Vaccine operations Central Provinces 1886-1899 - 1886-1899
Year: 1886
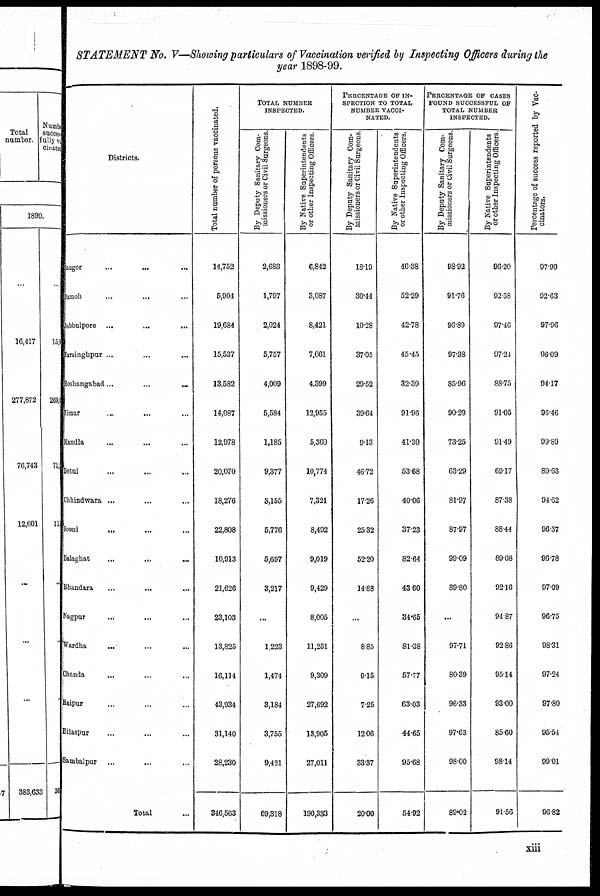
STATEMENT No. V—Showing particulars of Vaccination verified by Inspecting Officers during the
year 1898-99.
Districts.
Saugor ... ... ...
Damoh ... ... ...
Jubbalpore ... ... ...
Narsinghpur ... ... ...
Hjohangabad...
...
...
Nimar
...
...
...
Mandla
...
Betul ... ... ...
Chhindwara ... ... ...
Seoni
... ... ...
Balaghat ... ... ...
Bhandara ... ... ...
Nagpur ... ... ...
Wardha ... ... ...
Chanda ... ... ...
Raipur ... ... ...
Bilaspur ... ... ...
Sambalpur ... ... ...
Total ...
Total number of persons vaccinated.
14,752
5,904
19,684
15,537
13,582
14,087
12,978
20,070
18,276
22,808
10,913
21,626
23,103
13,825
16,114
43,934
31,140
28,230
346,563
TOTAL NUMBER
INSPECTED.
By Deputy Sanitary Com-
missioners or Civil Surgeons.
2,683
1,797
2,024
5,757
4,009
5,584
1,185
9,377
3,155
5,776
5,697
3,217
...
1,223
1,474
3,184
3,755
9,421
69,318
By Native Superintendents
or other Inspecting Officers.
6,842
3,087
8,421
7,061
4,399
12,955
5,360
10,774
7,321
8,492
9,019
9,429
8,005
11,251
9,309
27,692
13,905
27,011
190,333
PERCENTAGE OF IN-
SPECTION TO TOTAL
NUMBER VACCI-
NATED.
By Deputy Sanitary Com-
missioners or Civil Surgeons.
18.19
30.44
10.28
37.05
29.52
39.64
9.13
46.72
17.26
25.32
52.20
14.88
...
8.85
9.15
7.25
12.06
33.37
20.00
By Native Superintendents
or other Inspecting Officers.
46.38
52.29
42.78
45.45
32.39
91.96
41.30
53.68
40.06
37.23
82.64
43.60
34.65
81.38
57.77
63.03
44.65
95.68
54.92
PERCENTAGE OF CASES
FOUND SUCCESSFUL OF
TOTAL NUMBER
INSPECTED.
By Deputy Sanitary Com-
missioners or Civil Surgeons.
98.92
91.76
96.89
97.38
85.96
90.29
73.25
63.29
81.97
87.97
99.09
89.80
...
97.71
80.39
96.33
97.63
98.00
89.02
By Native Superintendents
or other Inspecting Officers
96.20
92.58
97.46
97.24
88.75
91.05
91.49
69.17
87.38
88.44
89.08
92.16
94.87
92.86
95.14
93.00
85.60
98.14
91.56
Percentage of success reported by Vac-
cinators.
97.90
92.63
97.96
96.09
94.17
96.46
99.89
89.63
94.62
96.37
96.78
97.09
96.75
98.31
97.24
97.80
95.54
99.01
96.82
xiii